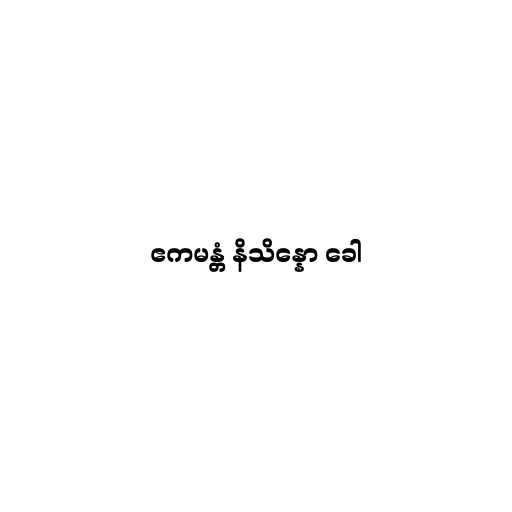
ဧကမန္တံ နိသိန္နော ခေါ